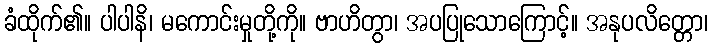
ခံထိုက်၏။ ပါပါနိ၊ မကောင်းမှုတို့ကို။ ဗာဟိတွာ၊ အပပြုသောကြောင့်။ အနုပလိတ္တော၊